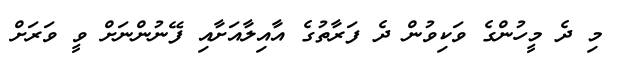
މި ދެ މީހުންގެ ވަކިވުން ދެ ފަރާތުގެ އާއިލާއަށާއި ފޭނުންނަށް ވީ ވަރަށް